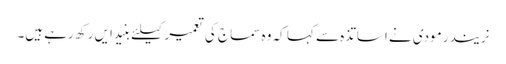
نریندر مودی نے اساتذہ سے کہا کہ وہ سماج کی تعمیر کیلئے بنیدایں رکھ رہے ہیں۔